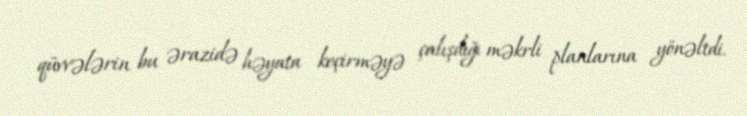
qüvvələrin bu ərazidə həyata keçirməyə çalışdığı məkrli planlarına yönəltdi.